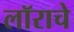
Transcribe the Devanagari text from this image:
लॉराचे